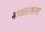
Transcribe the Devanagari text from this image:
भावांतरकरण